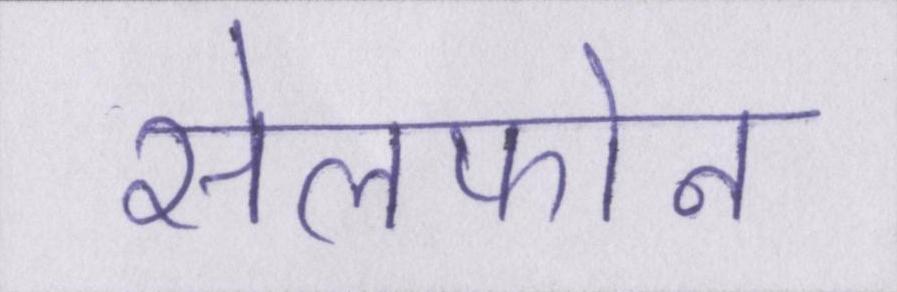
सेलफोन